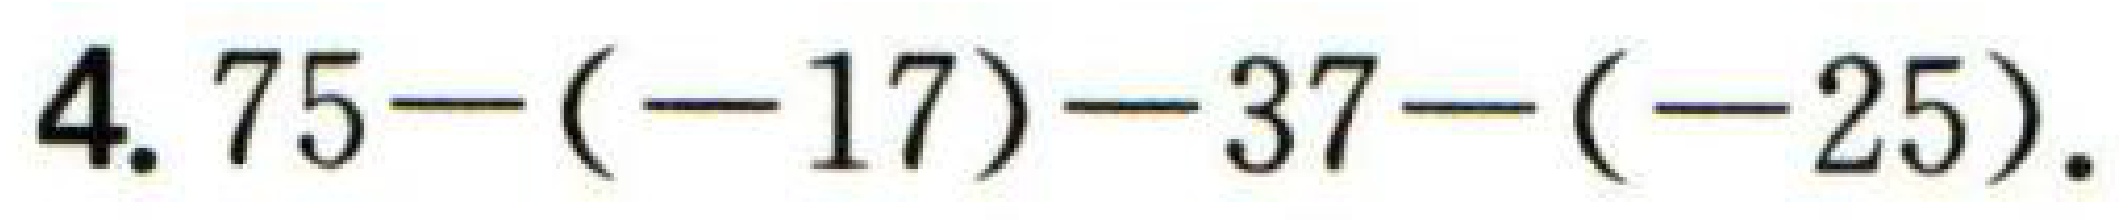
$4.75-(-17)-37-(-25).$